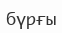
бүрғы